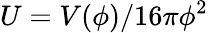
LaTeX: U=V(\phi)/16\pi\phi^{2}